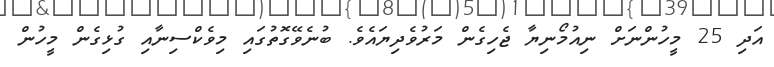
އަދި 25 މީހުންނަށް ނިއުމޯނިޔާ ޖެހިގެން މަރުވެދިޔައެވެ. ބުނެވޭގޮތުގައި މިވެކްސިނާއި ގުޅިގެން މީހުން